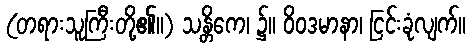
(တရားသူကြီးတို့၏။) သန္တိကေ၊ ၌။ ဝိဝဒမာနာ၊ ငြင်းခုံလျက်။